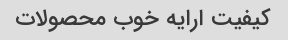
کیفیت ارایه خوب محصولات